Indian Medical Review
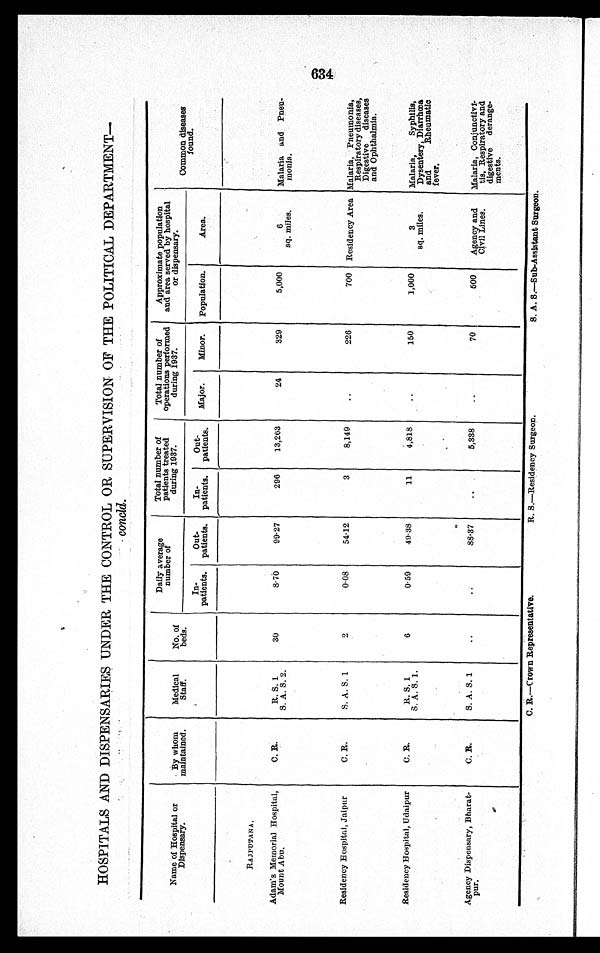
HOSPITALS AND DISPENSARIES UNDER THE CONTROL OR SUPERVISION OF THE POLITICAL DEPARTMENT
—
concld.
Name of Hospital or
Dispensary.
By whom
maintained.
Medical
Staff.
No. of
beds.
Daily average
number of
Total number of
patients treated
during 1937.
Total number of
operations performed
during 1937.
Approximate population
and area served by hospital.
or dispensary.
Common diseases
found.
In-
patients.
Out-
patients.
In-
patients.
Out-
patients. Major.
Minor. Population.
Area.
RAJPUTANA
Adam's Memorial Hospital,
Mount Abu.
C. R.
R. S. 1
S. A. S. 2.
30
8.70
99.27
296
13,263
24
329
5,000
6
sq. miles.
Malaria and Pneu-
monia.
Residency Hospital, Jaipur
C. R.
S. A. S. 1
2
0.08
54.12
3
8,149
226
700 Residency Area Malaria, Pneumonia,
Respiratory diseases,
Digestive diseases
and Ophthalmia.
Residency Hospital, Udaipur
C. R.
R. S. 1
S. A. S. 1.
6
0.59
49.38
11
4,81 8
150
1,000
3
sq. miles.
Malaria,
Syphilis,
Dysentery, Diarrhœa
and
Rheumatic
fever.
Agency Dispensary, Bharat-
pur.
C. R.
S. A. S. 1
88.37
5,338
70
500
Agency and
Civil Lines.
Malaria, Conjunctivi-
tis, Respiratory and
digestive derange-
ments.
C. R.—Crown Representative.
R. S.—Residency Surgeon.
S. A. S.—Sub-Assistant Surgeon.
634